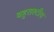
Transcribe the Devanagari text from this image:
बहुराश्टीय